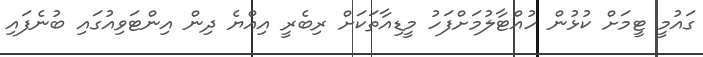
ގައުމީ ޓީމަށް ކުޅުން ހުއްޓާލުމަށްފަހު މީޑިއާތަކަށް ރިބެރީ އިއްޔެ ދިން އިންޓަވިއުގައި ބުނެފައި